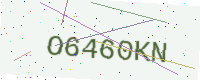
Text: O6460KN